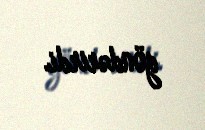
göndərirdi.